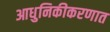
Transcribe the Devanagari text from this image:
आधुनिकीकरणात